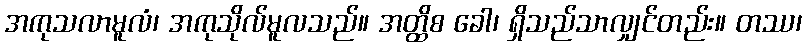
အကုသလာမူလံ၊ အကုသိုလ်မူလသည်။ အတ္ထိစ ခေါ၊ ရှိသည်သာလျှင်တည်း။ တဿ၊